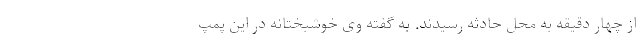
از چهار دقیقه به محل حادثه رسیدند. به گفته وی خوشبختانه در این پمپ